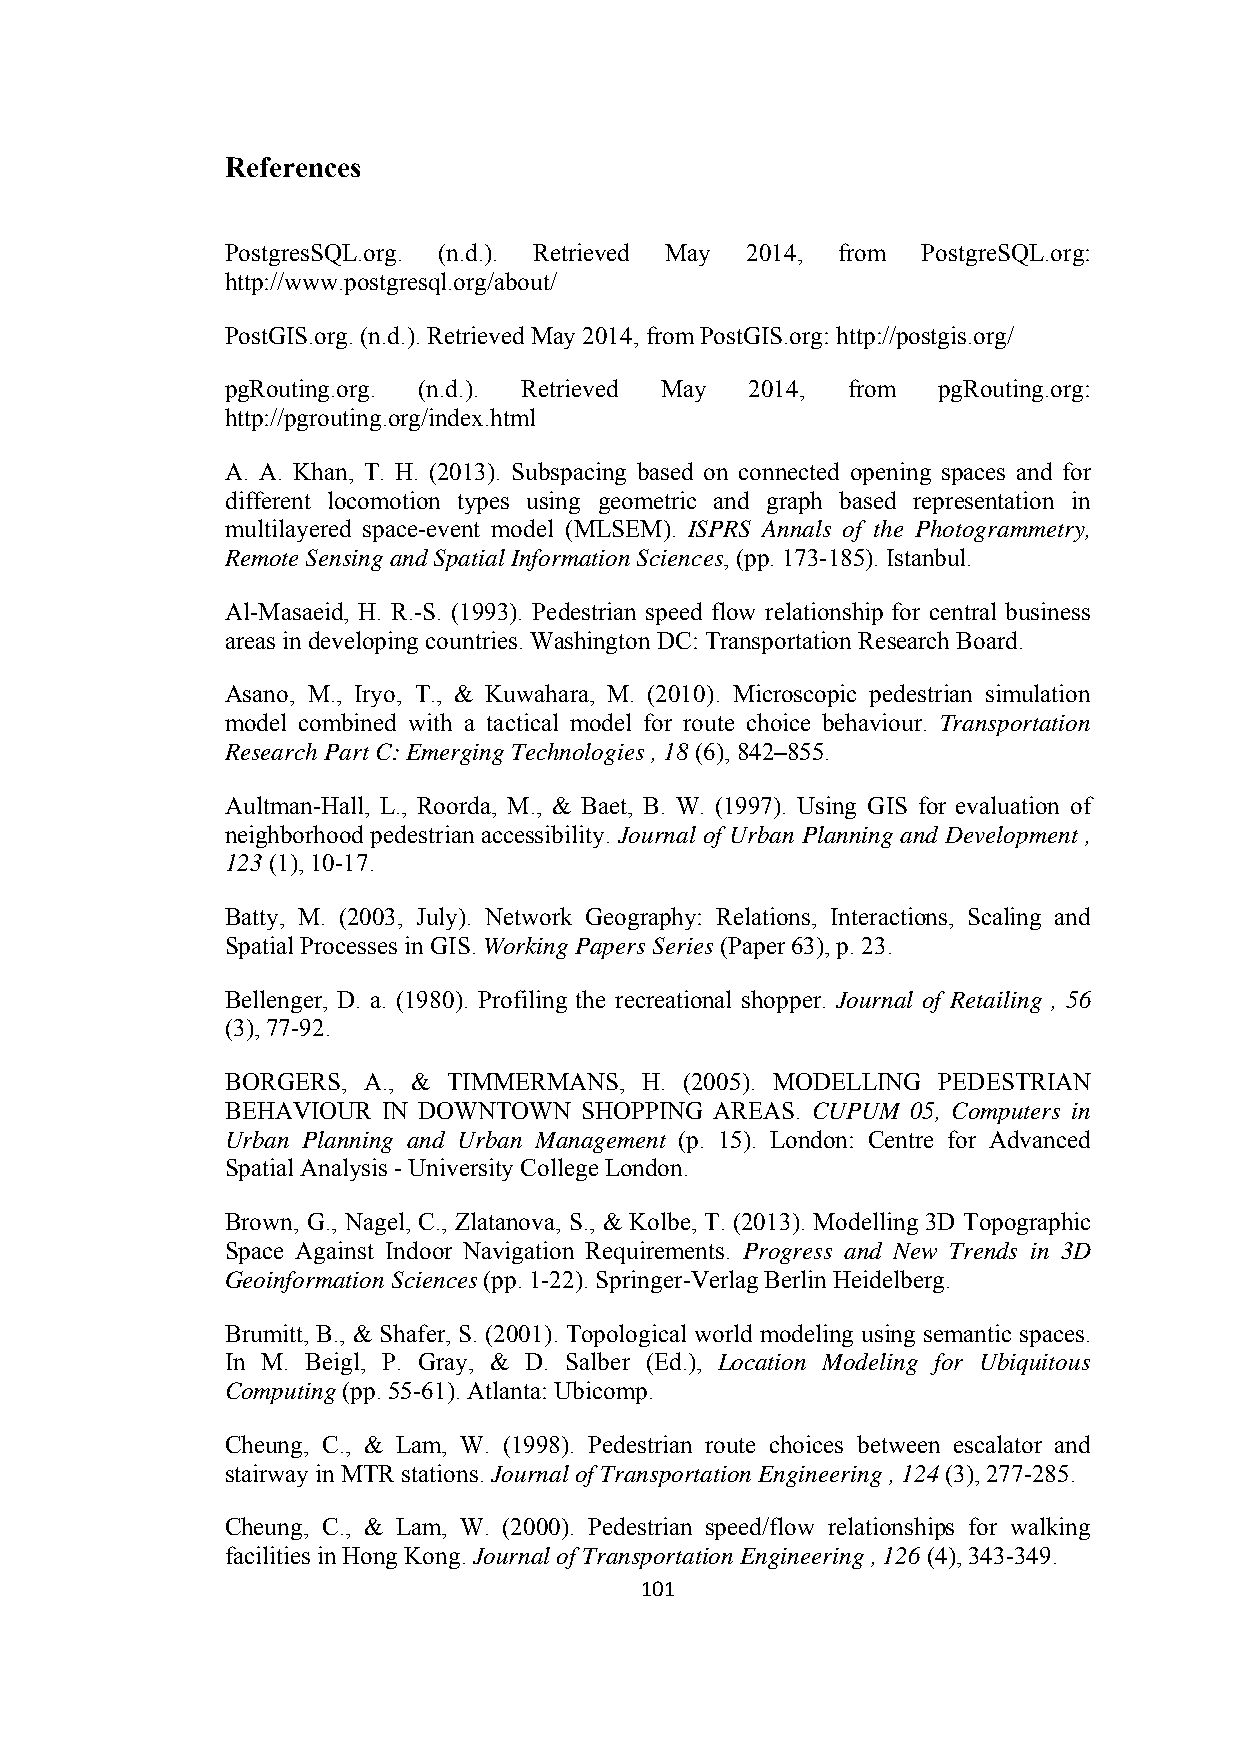
References
 PostgresSQL.org. (n.d.). Retrieved May 2014, from PostgreSQL.org:
 http://www.postgresql.org/about/
 PostGIS.org. (n.d.). Retrieved May 2014, from PostGIS.org: http://postgis.org/
 pgRouting.org. (n.d.). Retrieved May 2014, from pgRouting.org:
 http://pgrouting.org/index.html
 A. A. Khan, T. H. (2013). Subspacing based on connected opening spaces and for
 different locomotion types using geometric and graph based representation in
 multilayered space-event model (MLSEM). ISPRS Annals of the Photogrammetry,
 Remote Sensing and Spatial Information Sciences, (pp. 173-185). Istanbul.
 Al-Masaeid, H. R.-S. (1993). Pedestrian speed flow relationship for central business
 areas in developing countries. Washington DC: Transportation Research Board.
 Asano, M., Iryo, T., & Kuwahara, M. (2010). Microscopic pedestrian simulation
 model combined with a tactical model for route choice behaviour. Transportation
 Research Part C: Emerging Technologies , 18 (6), 842–855.
 Aultman-Hall, L., Roorda, M., & Baet, B. W. (1997). Using GIS for evaluation of
 neighborhood pedestrian accessibility . Journal of Urban Planning and Development ,
 123 (1), 10-17.
 Batty, M. (2003, July). Network Geography: Relations, Interactions, Scaling and
 Spatial Processes in GIS. Working Papers Series (Paper 63), p. 23.
 Bellenger, D. a. (1980). Profiling the recreational shopper. Journal of Retailing , 56
 (3), 77-92.
 BORGERS, A., & TIMMERMANS, H. (2005). MODELLING PEDESTRIAN
 BEHAVIOUR IN DOWNTOWN  SHOPPING AREAS. CUPUM 05, Computers in
 Urban Planning and Urban Management (p. 15). London: Centre for Advanced
 Spatial Analysis - University College London.
 Brown, G., Nagel, C., Zlatanova, S., & Kolbe, T. (2013). Modelling 3D Topographic
 Space Against Indoor Navigation Requirements. Progress and New Trends in 3D
 Geoinformation Sciences (pp. 1-22). Springer-Verlag Berlin Heidelberg.
 Brumitt, B., & Shafer, S. (2001). Topological world modeling using semantic spaces.
 In M. Beigl, P. Gray, & D. Salber (Ed.), Location Modeling for Ubiquitous
 Computing (pp. 55-61). Atlanta: Ubicomp.
 Cheung, C., & Lam, W. (1998). Pedestrian route choices between escalator and
 stairway in MTR stations. Journal of Transportation Engineering , 124 (3), 277-285.
 Cheung, C., & Lam, W. (2000). Pedestrian speed/flow relationships for walking
 facilities in Hong Kong. Journal of Transportation Engineering , 126 (4), 343-349.
 101